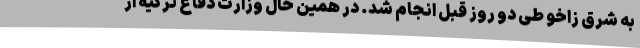
به شرق زاخو طی دو روز قبل انجام شد. در همین حال وزارت دفاع ترکیه از